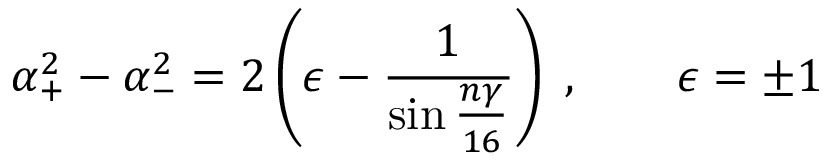
\alpha _ { + } ^ { 2 } - \alpha _ { - } ^ { 2 } = 2 \left( \epsilon - { \frac { 1 } { \sin { \frac { n \gamma } { 1 6 } } } } \right) \; , \quad \quad \epsilon = \pm 1 \;